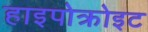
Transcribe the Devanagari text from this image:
हाइपोक्रोइट